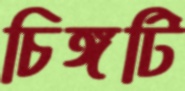
চিঙ্গটি